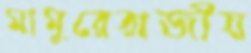
মামুরেরাজীয়